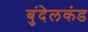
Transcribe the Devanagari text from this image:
बुंदेलकंड